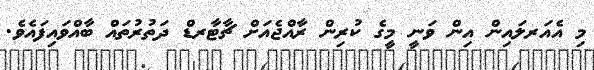
މި އެއަރލައިން އިން ވަނީ މީގެ ކުރިން ރާއްޖެއަށް ޗާޓާރޑް ދަތުރުތައް ބާއްވައިފައެވެ.